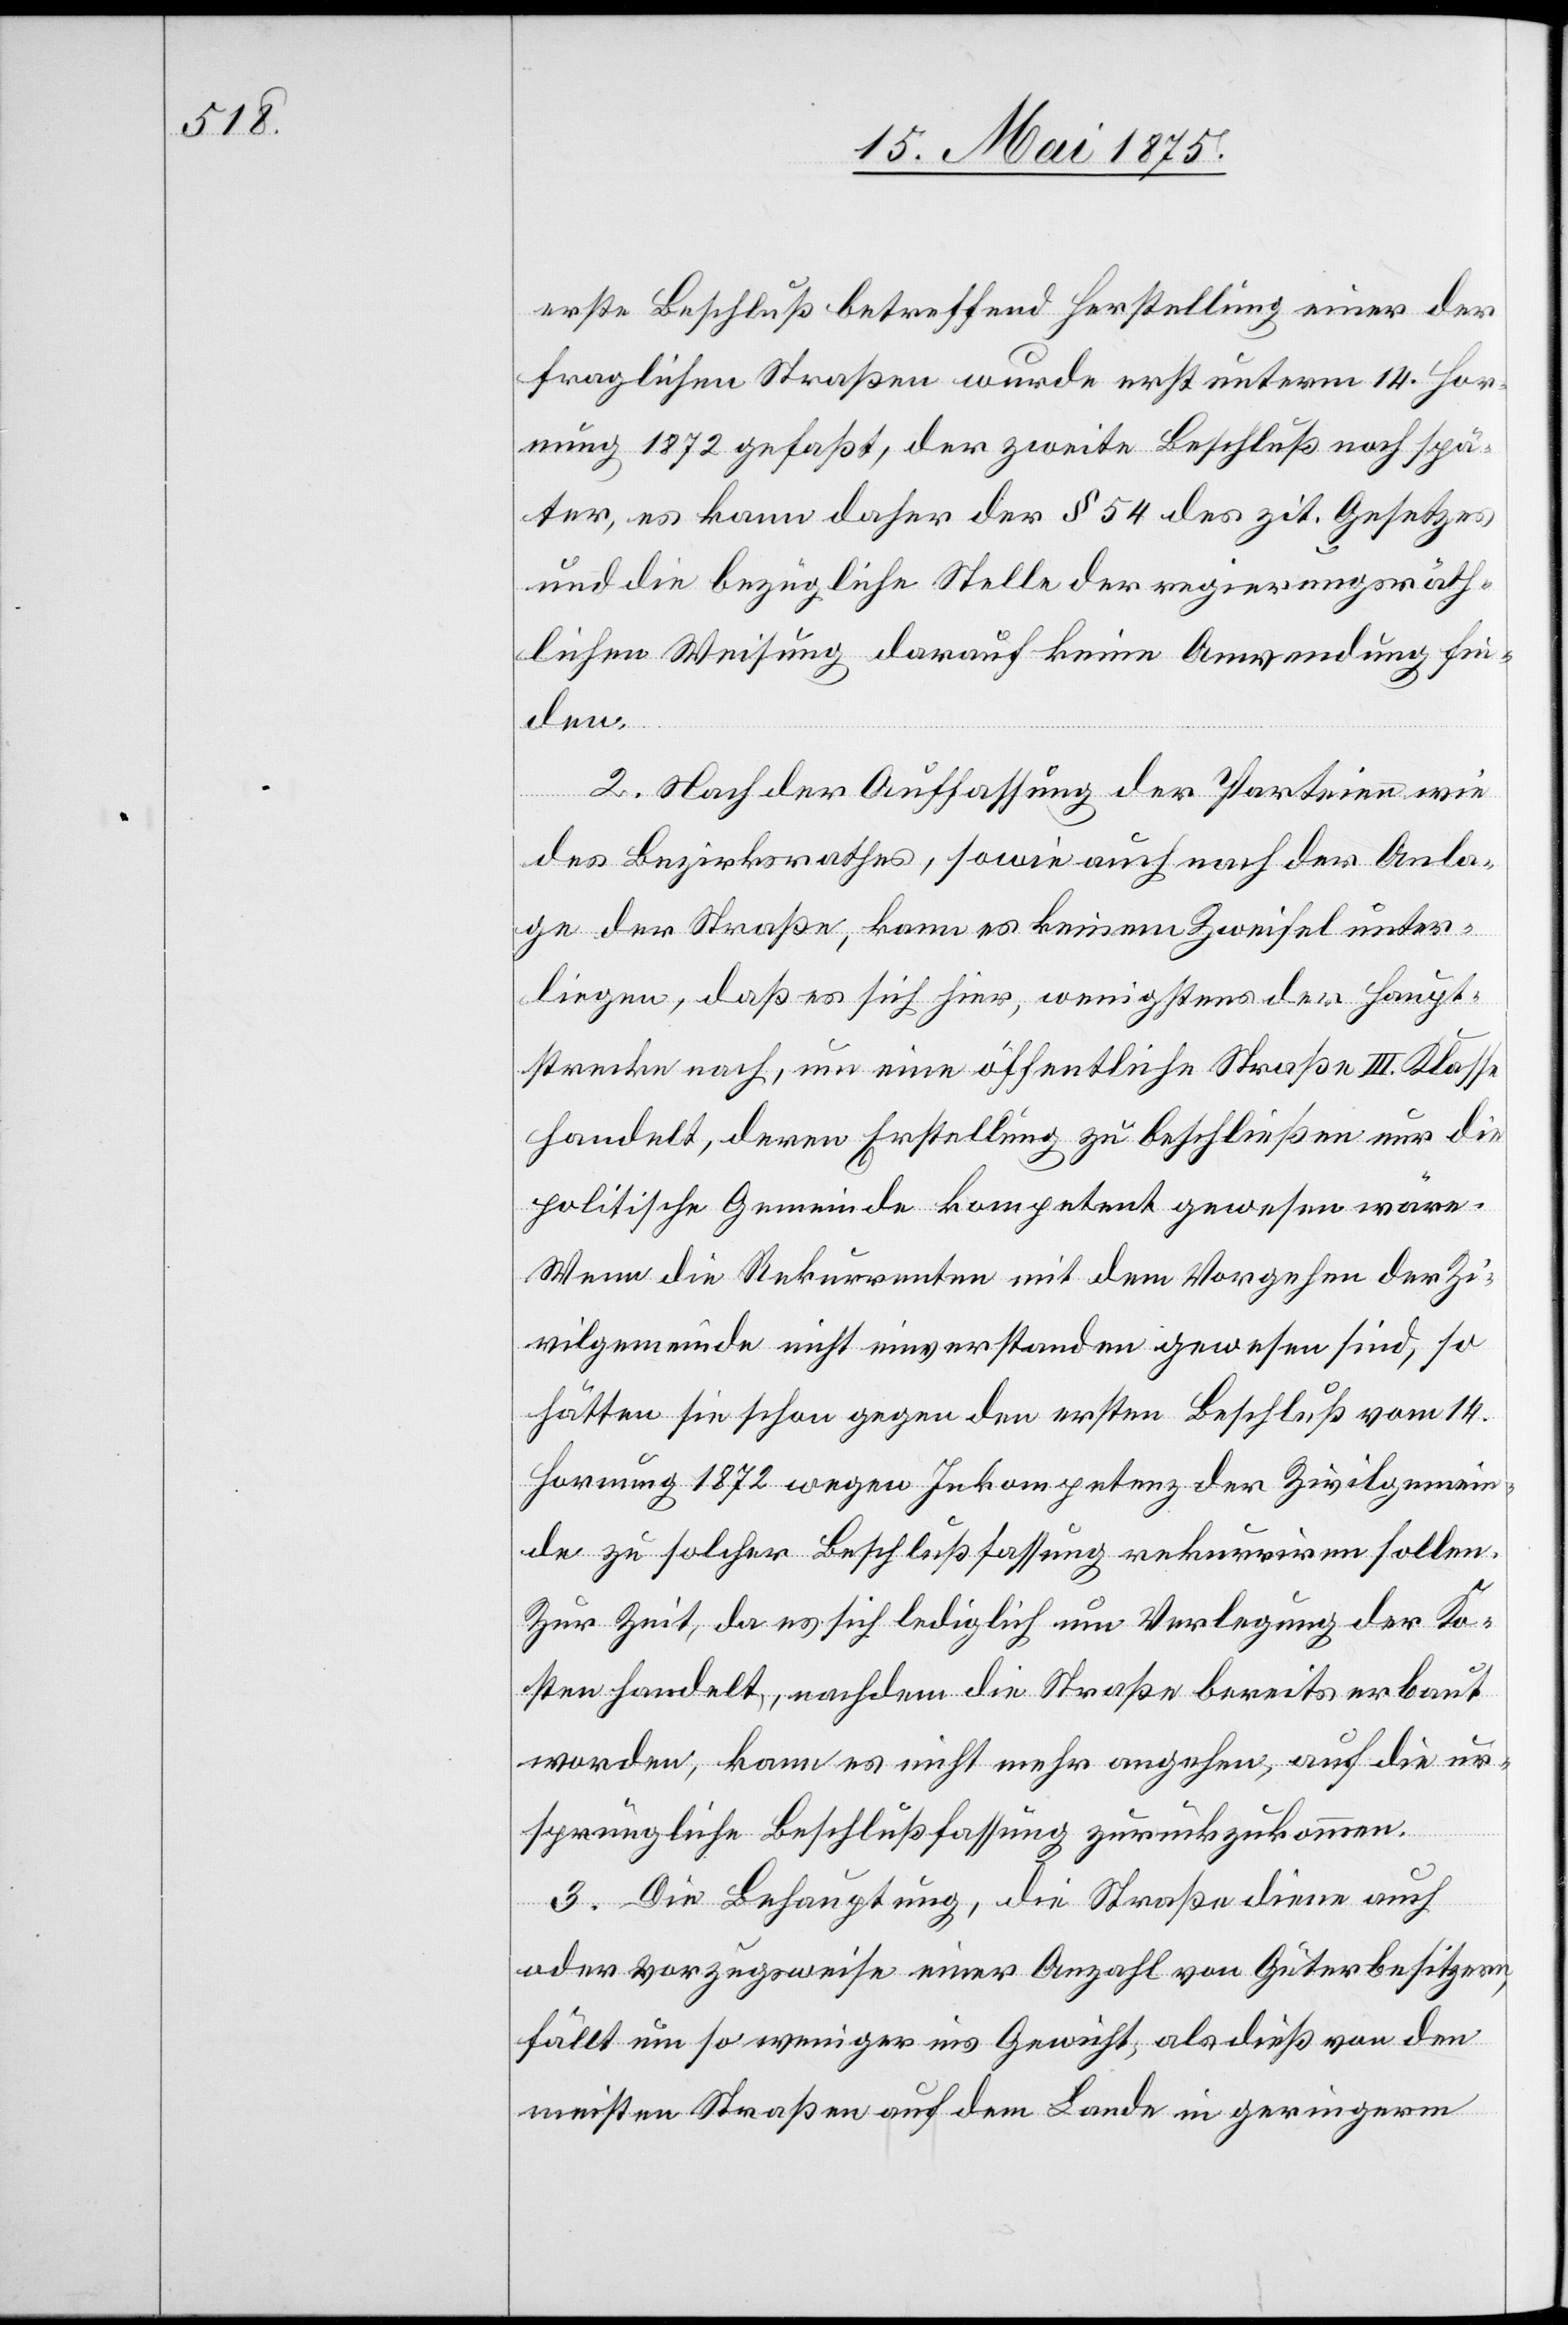
erste Beschluß betreffend Herstellung einer der
fraglichen Straßen wurde erst unterm 14. Hor¬
nung 1872 gefaßt, der zweite Beschluß noch spä¬
ter, es kann daher der § 54 des zit. Gesetzes
und die bezügliche Stelle der regierungsräth¬
lichen Weisung darauf keine Anwendung fin¬
den.
2. Nach der Auffassung der Parteien wie
des Bezirksrath, sowie auch nach der Anla¬
ge der Straße, kann es keinem Zweifel unter¬
liegen, daß es sich hier, wenigstens der Haupt¬
strecke nach, um eine öffentliche Straße III. Klasse
handelt, deren Erstellung zu beschließen nur die
politische Gemeinde kompetent gewesen wäre.
Wenn die Rekurrenten mit dem Vorgehen der Zi¬
vilgemeinde nicht einverstanden gewesen sind, so
hätten sie schon gegen den ersten Beschluß vom 14.
Hornung 1872 wegen Inkompetent der Zivilgemein¬
de zu solcher Beschlußfassung rekurriren sollen.
Zur Zeit, da es sich lediglich um Verlegung der Ko¬
sten handelt, nachdem die Straße bereits erbaut
worden, kann es nicht mehr angehen, auf die ur¬
sprüngliche Beschlußfassung zurückzukommen.
3. Die Behauptung, die Straße diene auch
oder vorzugsweise einer Anzahl von Güterbesitzern,
fällt um so weniger ins Gewicht, als dieß von den
meisten Straßen auf dem Lande in geringerem